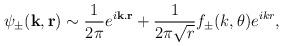
LaTeX: \begin{align*}\psi_{\pm}(\mathbf{k}, \mathbf{r}) \sim \frac{1}{2\pi} e^{i\mathbf{k}.\mathbf{r}} + \frac{1}{2\pi\sqrt{r}} f_{\pm}(k, \theta) e^{ikr},\end{align*}